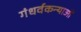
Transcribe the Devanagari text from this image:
गंधर्वकन्याओं